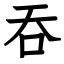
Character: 吞